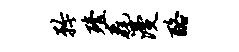
矜殪毳漫酪